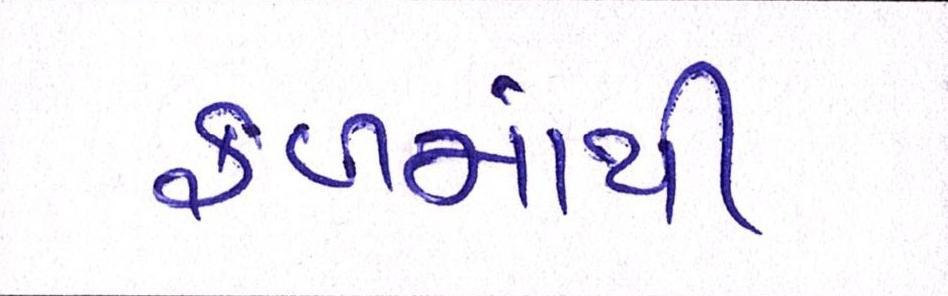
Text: ફળમાંથી